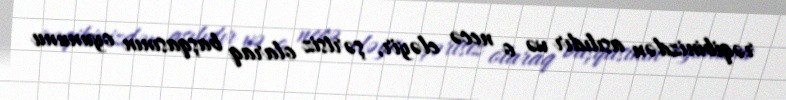
rəqibinizdən asılıdır və o necə eləyir, şərtsiz olaraq başqasının oyununu